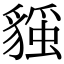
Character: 𧳻